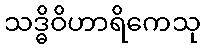
သဒ္ဓိဝိဟာရိကေသု